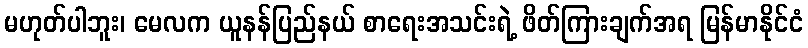
မဟုတ်ပါဘူး၊ မေလက ယူနန်ပြည်နယ် စာရေးအသင်းရဲ့ ဖိတ်ကြားချက်အရ မြန်မာနိုင်ငံ